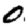
Digit: 0